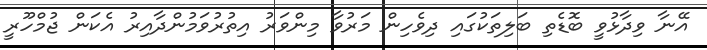
އޭނާ ވިދާޅުވީ ބޮޑެތި ބަލިތަކުގައި ދިވެހިން މަރުވާ މިންވަރު އިތުރުވަމުންދާއިރު އެކަން ޖުމްހޫރީ